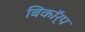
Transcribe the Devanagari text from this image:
बिकॉर्प